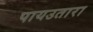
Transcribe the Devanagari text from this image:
पायउतारा